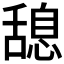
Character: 𦧯